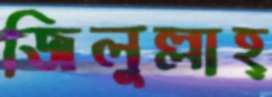
জিলুল্লাহ্